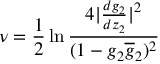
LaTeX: \nu = { \frac { 1 } { 2 } } \ln \frac { 4 | \frac { d g _ { 2 } } { d z _ { 2 } } | ^ { 2 } } { ( 1 - g _ { 2 } \overline { { g } } _ { 2 } ) ^ { 2 } }